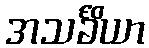
အသင်္ခိယာ